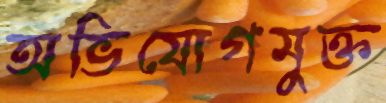
অভিযোগমুক্ত